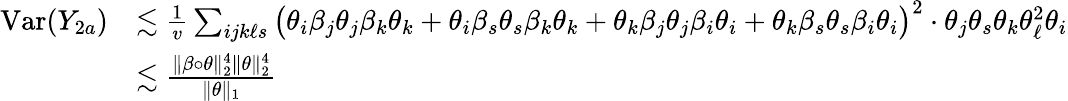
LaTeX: \begin{array}{rl}{\mathrm{Var}(Y_{2a})}&{\lesssim\frac{1}{v}\sum_{ijk\ell s}\big(\theta_{i}\beta_{j}\theta_{j}\beta_{k}\theta_{k}+\theta_{i}\beta_{s}\theta_{s}\beta_{k}\theta_{k}+\theta_{k}\beta_{j}\theta_{j}\beta_{i}\theta_{i}+\theta_{k}\beta_{s}\theta_{s}\beta_{i}\theta_{i}\big)^{2}\cdot\theta_{j}\theta_{s}\theta_{k}\theta_{\ell}^{2}\theta_{i}}\\ &{\lesssim\frac{\| \beta\circ\theta\| _{2}^{4}\| \theta\| _{2}^{4}}{\| \theta\| _{1}}}\end{array}